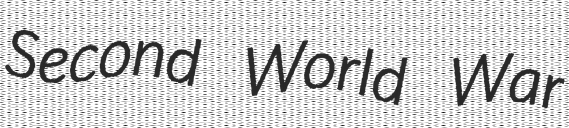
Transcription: Second World War